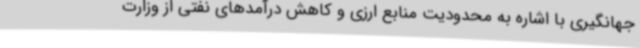
جهانگیری با اشاره به محدودیت منابع ارزی و کاهش درآمدهای نفتی از وزارت